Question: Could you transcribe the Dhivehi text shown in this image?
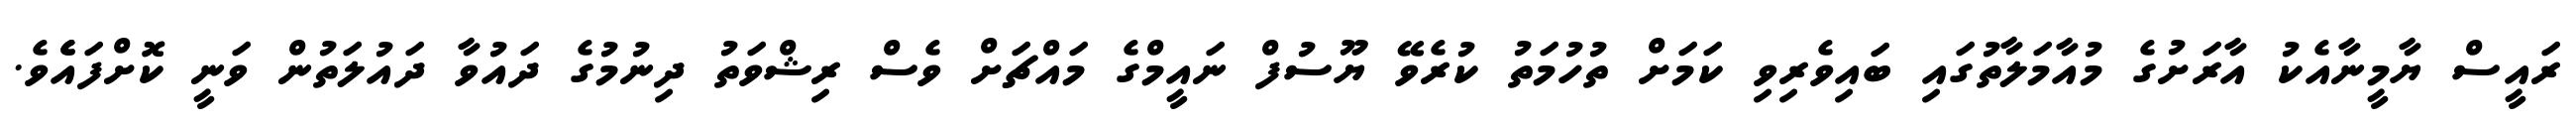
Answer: ރައީސް ޔާމީނާއެކު އާރަށުގެ މުއާމަލާތުގައި ބައިވެރިވި ކަމަށް ތުހުމަތު ކުރެވޭ ޔޫސުފް ނައީމްގެ މައްޗަށް ވެސް ރިޝްވަތު ދިނުމުގެ ދައުވާ ދައުލަތުން ވަނީ ކޮށްފައެެވެ.